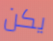
يكن